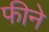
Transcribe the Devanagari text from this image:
फीने